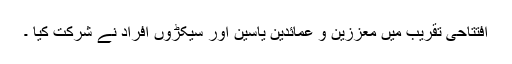
افتتاحی تقریب میں معززین و عمائدین یاسین اور سیکڑوں افراد نے شرکت کیا ۔